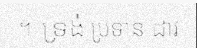
។ ទ្រង់ ប្រទាន ដាវ